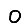
Digit: 0